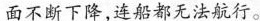
面不断下降，连船都无法航行。